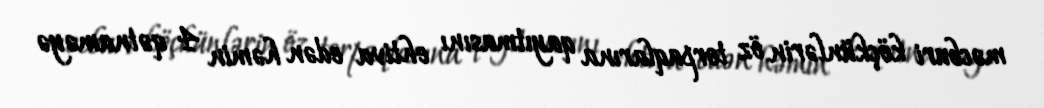
məcburi köçkünlərin öz torpaqlarına qayıtmasını ehtiva edən həmin 4 qətnaməyə